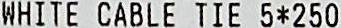
WHITE CABLE TIE 5*250